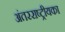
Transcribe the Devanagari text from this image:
अंतरराष्ट्रीयका